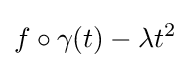
f\circ \gamma (t)-\lambda t^{2}